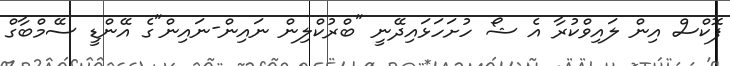
ފޮކްސް އިން ލައިވްކުރާ އެ ޝޯ ހުށަހަޅައިދޭނީ "ބްރުކްލިން ނައިން-ނައިން"ގެ އޭންޑީ ސޭމްބާގް